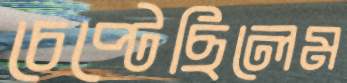
চেপ্‌টেছিলেম